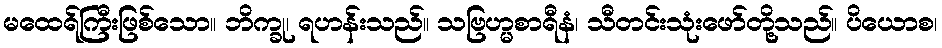
မထေရ်ကြီးဖြစ်သော။ ဘိက္ခု၊ ရဟန်းသည်။ သဗြဟ္မစာရီနံ၊ သီတင်းသုံးဖော်တို့သည်။ ပိယောစ၊